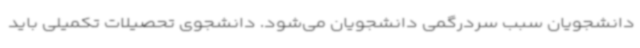
دانشجویان سبب سردرگمی دانشجویان می‌شود. دانشجوی تحصیلات تکمیلی باید